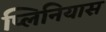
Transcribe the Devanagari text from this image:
प्लिनियास